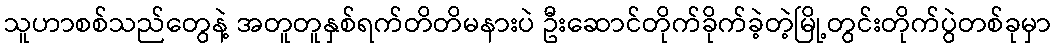
သူဟာစစ်သည်တွေနဲ့ အတူတူနှစ်ရက်တိတိမနားပဲ ဦးဆောင်တိုက်ခိုက်ခဲ့တဲ့မြို့တွင်းတိုက်ပွဲတစ်ခုမှာ